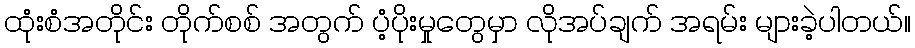
ထုံးစံအတိုင်း တိုက်စစ် အတွက် ပံ့ပိုးမှုတွေမှာ လိုအပ်ချက် အရမ်း များခဲ့ပါတယ်။